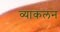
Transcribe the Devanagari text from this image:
व्याकलन